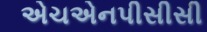
એચએનપીસીસી